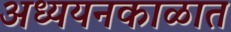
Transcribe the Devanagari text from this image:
अध्ययनकाळात